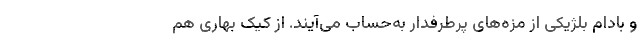
و بادام بلژیکی از مزه‌های پرطرفدار به‌حساب می‌آیند. از کیک بهاری هم